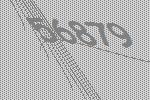
56879